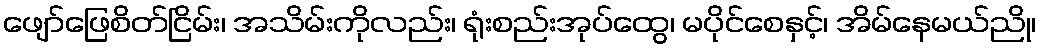
ဖျော်ဖြေစိတ်ငြိမ်း၊ အသိမ်းကိုလည်း၊ ရုံးစည်းအုပ်ထွေ၊ မပိုင်စေနှင့်၊ အိမ်နေမယ်ညို၊